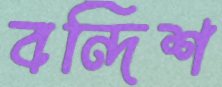
বন্দিশ